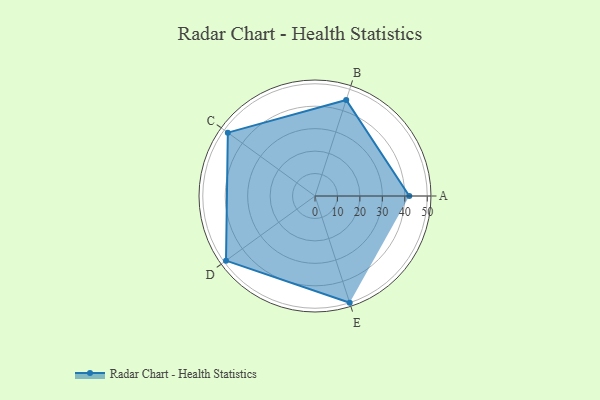
{"axis": {"x": "Skill", "y": "Score"}, "legend": ["Profile"], "data": [{"x": "A", "y": 42.0, "type": "Profile"}, {"x": "B", "y": 45.0, "type": "Profile"}, {"x": "C", "y": 48.0, "type": "Profile"}, {"x": "D", "y": 49.0, "type": "Profile"}, {"x": "E", "y": 50.0, "type": "Profile"}]}